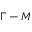
\Gamma - M